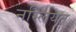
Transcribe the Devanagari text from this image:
नस्लियत